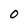
Character: 0